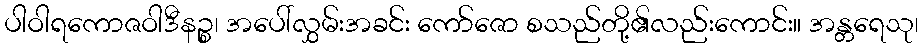
ပါဝါရကောဇဝါဒီနဉ္စ၊ အပေါ်လွှမ်းအခင်း ကော်ဇော စသည်တို့၏လည်းကောင်း။ အန္တရေသု၊